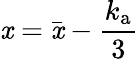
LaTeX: \mathit{x}=\bar{{\mathit{x}}}-\frac{{k_{\mathrm{{a}}}}}{{3}}